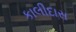
કાલીદાસ